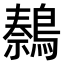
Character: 𫛍